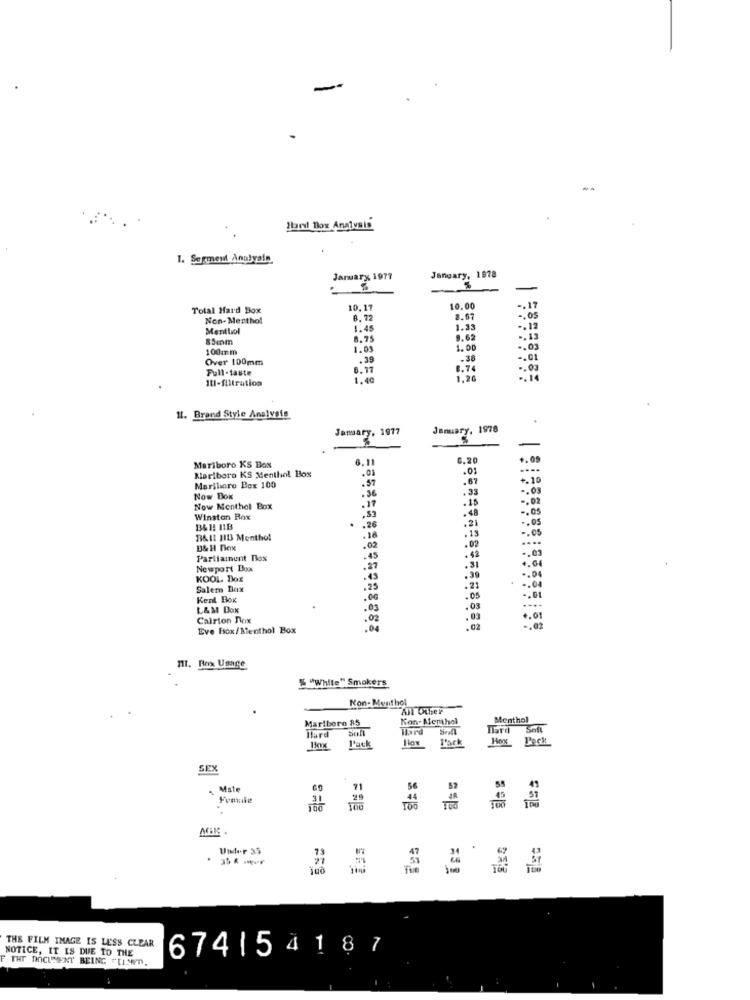
Hard Box Analysis
1. Segment Analyals
January 1977
January, 1
Total Hard Box
10.17
10.00
.. 17
Non-Menthol
8. 72
2.67
-. 05
Mentlol
1.45
1.33
-. 12
85mm
8.75
0.62
.. 15
100mm
1.03
1.00
-. 03
Over 100mm
.39
.38
-. 01
Full-taste
6.77
0.74
-. 03
IUI-filtration
.. 14
11. Brand Style Analvets
January, 1977
January, 1978
6.11
6.20
+.09
Mariboro KS Box
.01
Marlboro KS Menthol Bos
.57
.67
. 10
Marlboro Box 100
.36
.33
-. 03
Now Box
.17
.15
-. 02
Now Menthol Box
Winston Box
.26
.21
.13
B&IL HID Menthol
.18
B& H Box
.02
.. 00
Parliament Tox
.45
. 42
....
Newport Box
.27
.31
KOOL. Dos
.49
.39
* -. 04
Salem Box
.25
.21
Kent Box
.00
.05
L&M Box
.03
.03
Calrion nox
.02
. . 01
Eve Box/Menthol Box
:00
.02
III. Nox Usage
& "White" Smokers
Kon-Menthol
All Other
Marlboro 85
Kon- Merthel
Menthol
Tard Saft
Hard
Hard Soft
Hox Pack
Hex Pack
SEX
Mate
Female
Under 35
.
=31
THE FILM IMAGE IS LESS CLEAR
NOTICE, IT IS DUE TO THE
6741 54187
F THE DOCUMENT BEING TUIST.